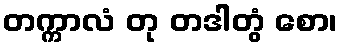
တက္ကာလံ တု တဒါတွံ စော၊